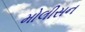
મોલીસન